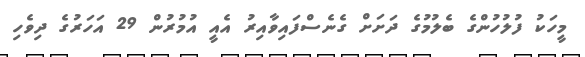
މީހަކު ފުލުހުންގެ ބެލުމުގެ ދަށަށް ގެނެސްފައިވާއިރު އެއީ އުމުރުން 29 އަހަރުގެ ދިވެހި